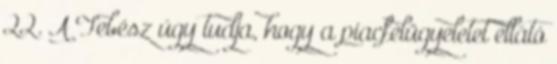
22. A Tebész úgy tudja, hogy a piacfelügyeletet ellátó